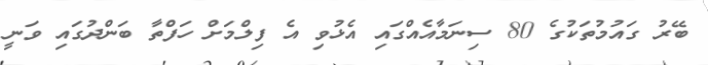
ބޭރު ގައުމުތަކުގެ 80 ސިނަމާއެއްގައި އެޅުވި އެ ފިލްމަށް ހަފްތާ ބަންދުގައި ވަނީ